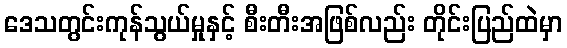
ဒေသတွင်းကုန်သွယ်မှုနှင့် စီးတီးအဖြစ်လည်း တိုင်းပြည်ထဲမှာ